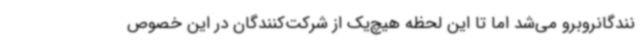
نندگانروبرو می‌شد اما تا این لحظه هیچ‌یک از شرکت‌کنندگان در این خصوص